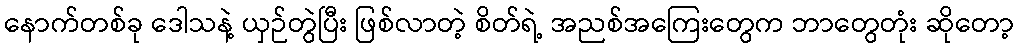
နောက်တစ်ခု ဒေါသနဲ့ ယှဉ်တွဲပြီး ဖြစ်လာတဲ့ စိတ်ရဲ့ အညစ်အကြေးတွေက ဘာတွေတုံး ဆိုတော့